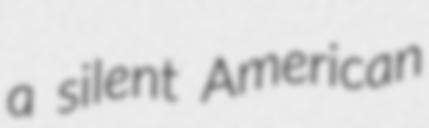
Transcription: a silent American